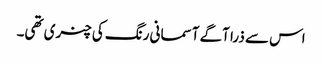
اس سے ذرا آگے آسمانی رنگ کی چنری تھی۔